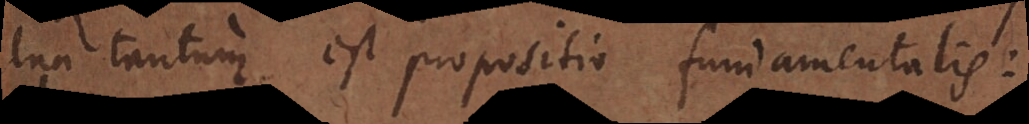
Una tantum est propositio fundamentalis: